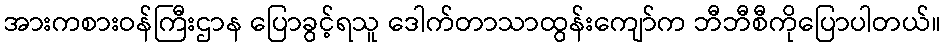
အားကစားဝန်ကြီးဌာန ပြောခွင့်ရသူ ဒေါက်တာသာထွန်းကျော်က ဘီဘီစီကိုပြောပါတယ်။